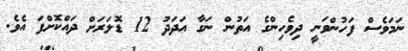
ނަމަވެސް ފަހުންވަނީ ދިވެހިންގެ އަތުން ނަގާ އަދަދު 12 ޑޮލަރަށް ދައްކޮށްފަ އެވެ.